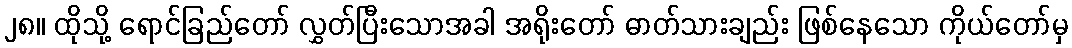
၂၈။ ထိုသို့ ရောင်ခြည်တော် လွှတ်ပြီးသောအခါ အရိုးတော် ဓာတ်သားချည်း ဖြစ်နေသော ကိုယ်တော်မှ